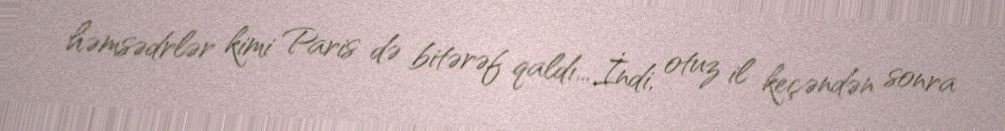
həmsədrlər kimi Paris də bitərəf qaldı... İndi, otuz il keçəndən sonra